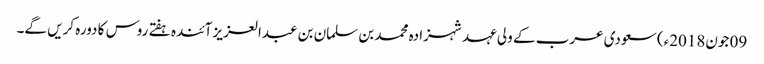
09 جون2018ء) سعودی عرب کے ولی عہد شہزادہ محمد بن سلمان بن عبدالعزیز آئندہ ہفتے روس کا دورہ کریں گے۔